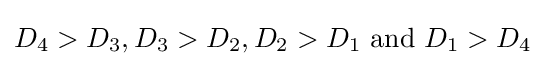
D_{4}>D_{3},D_{3}>D_{2},D_{2}>D_{1}\ {\text{and}}\ D_{1}>D_{4}